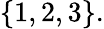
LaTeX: \{ 1,2,3\} .